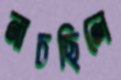
নাচছিলে